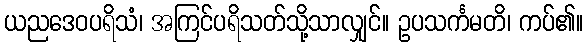
ယညဒေဝပရိသံ၊ အကြင်ပရိသတ်သို့သာလျှင်။ ဥပသင်္ကမတိ၊ ကပ်၏။